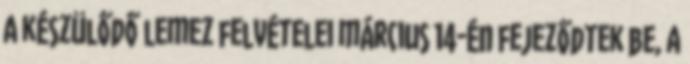
A készülődő lemez felvételei március 14-én fejeződtek be, a